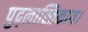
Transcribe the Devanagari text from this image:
पुद्गलास्तिकाय।